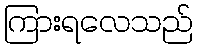
ကြားရလေသည်